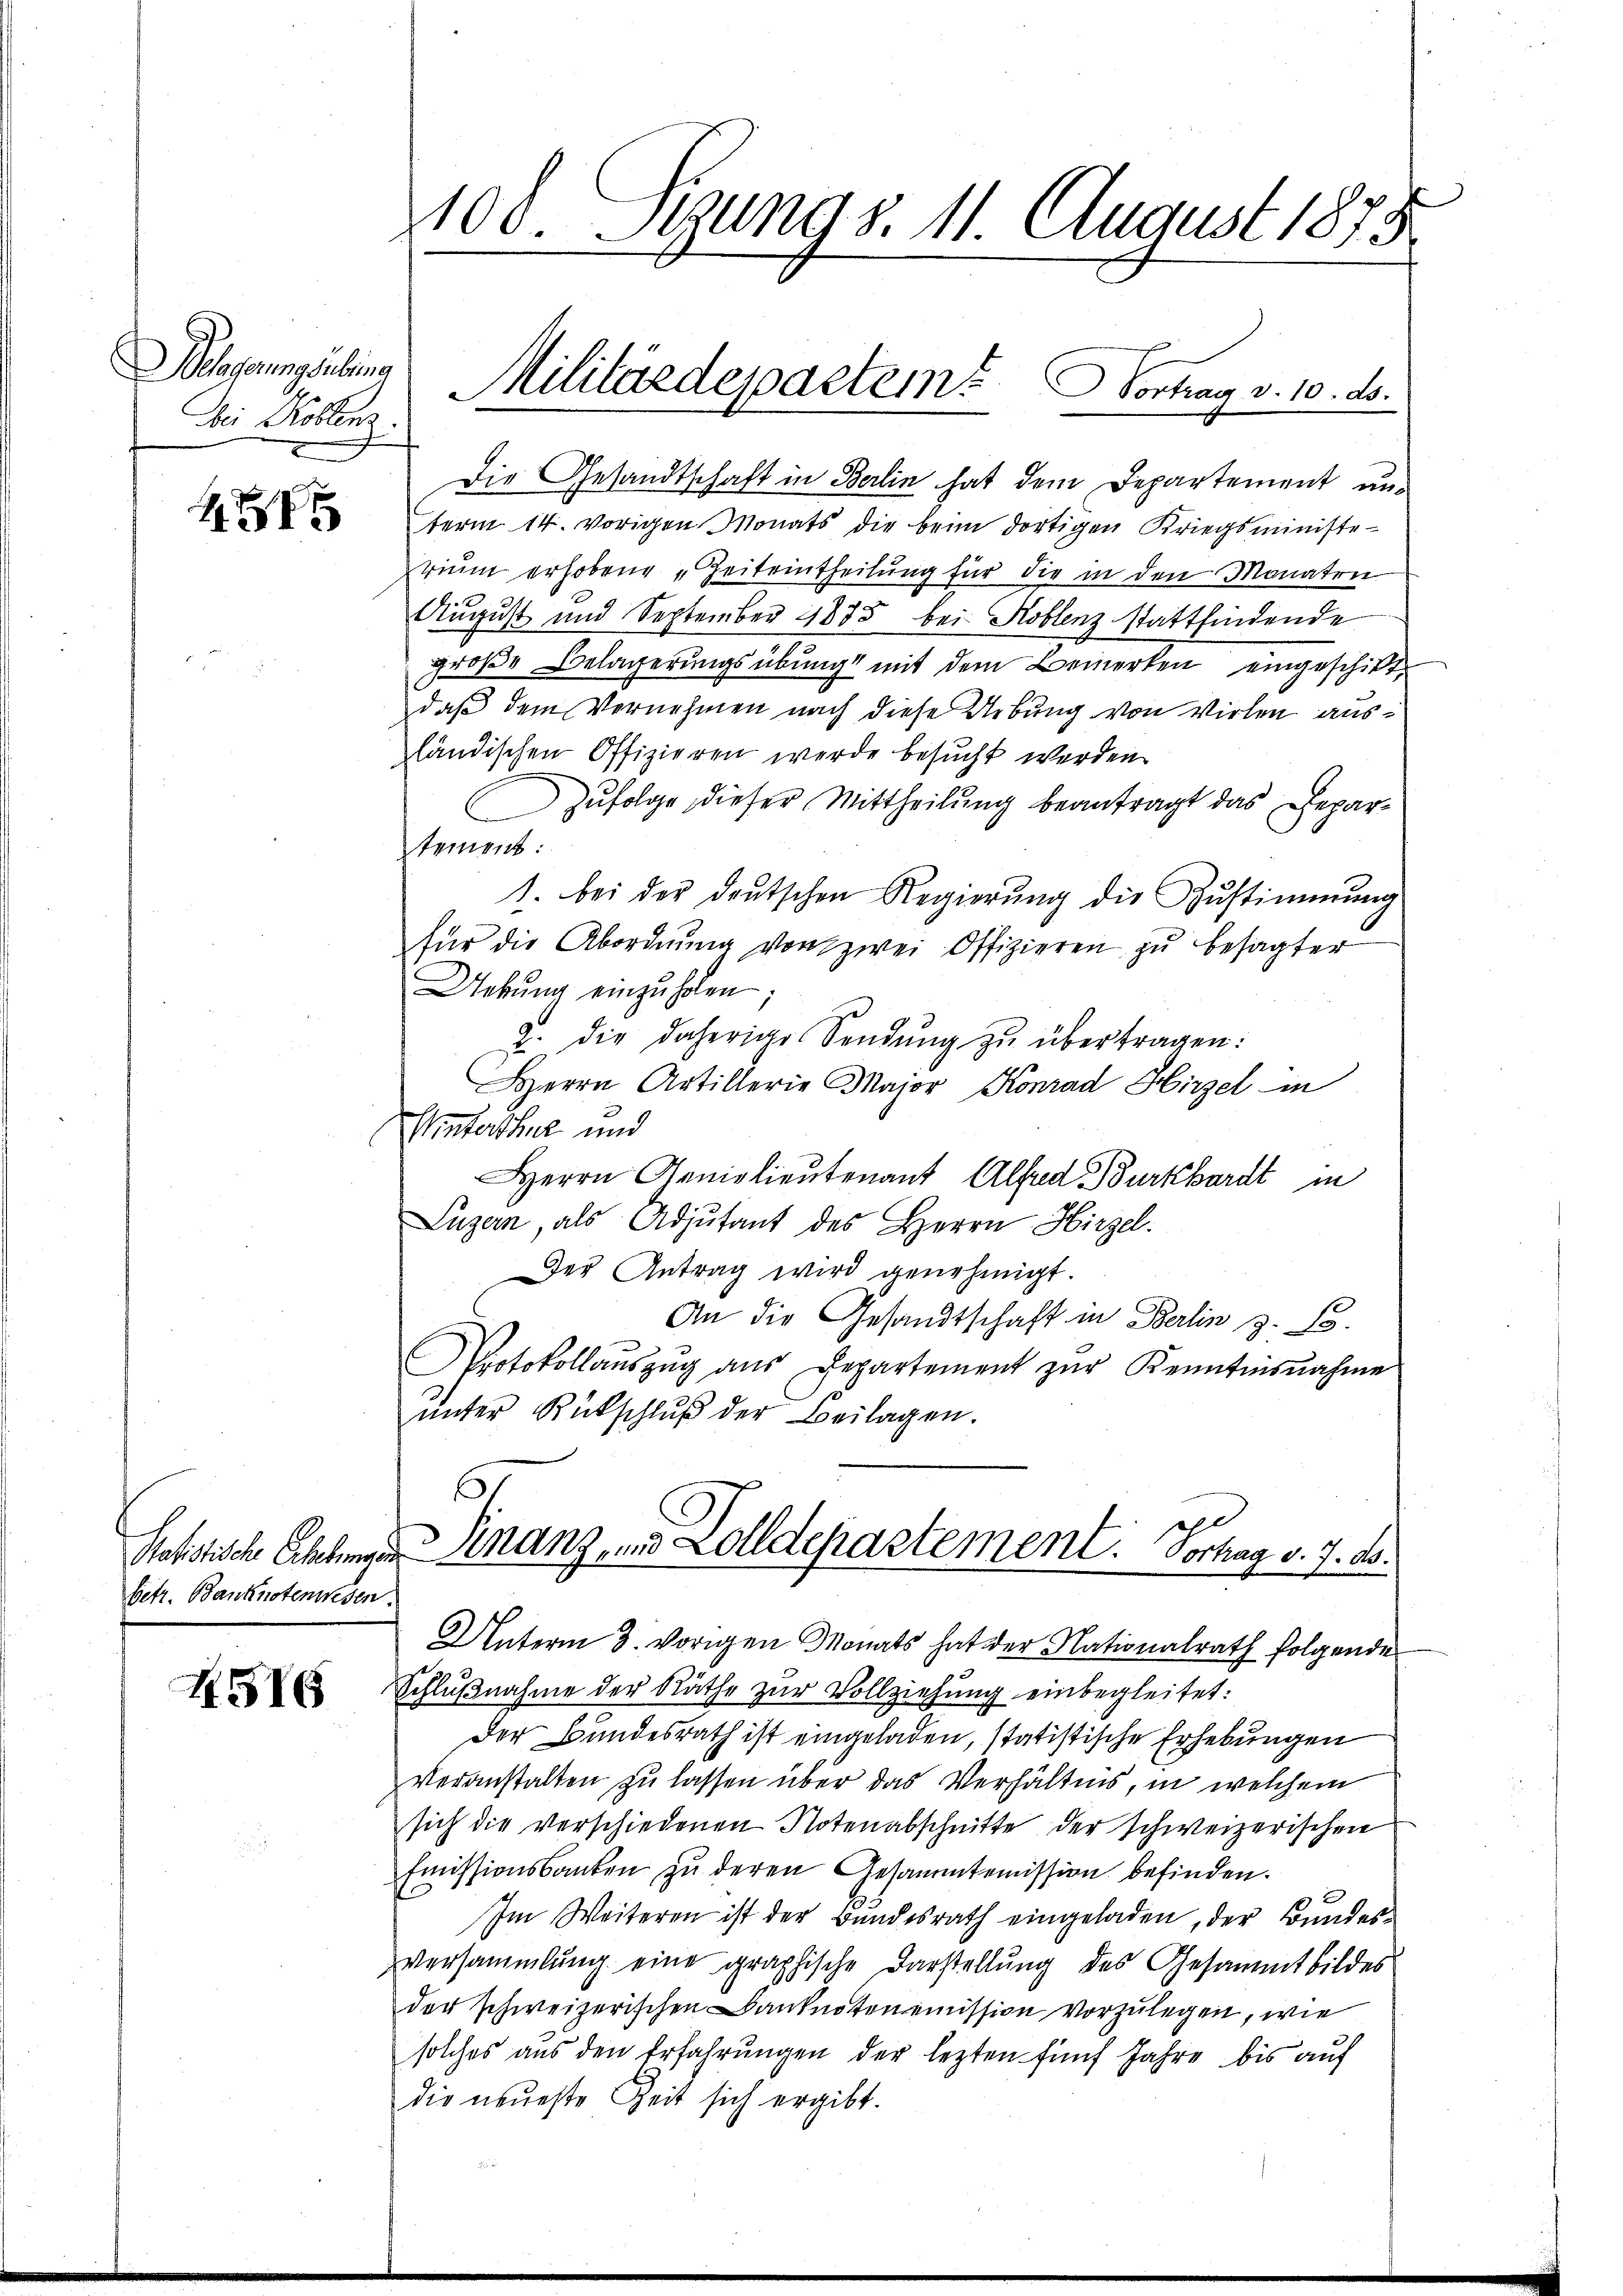
eleferung subring
bei Koblenz

4

betr. Banknotenwesen.

HSIG

100. Jung S. 11. August 1875

Die Gesandtschaft in Berlin hat dem Departement unterm 14. vorigen Monats die beim dortigen Kriegsministe-
riŭm erhobene Zeiteintheilŭng für die in den Monaten
August und September 1835 bei Koblenz stattfindende
große Belagerungsübung mit dem Bemerken eingeschiktdaß dem Vernehmen nach diese Uebung von Vielen ausländischen Offizieren werde besucht werden.
Zufolge dieser Mittheilung beantragt das Departement:
1. bei der deŭtschen Regierŭng die Zŭstimmung
für die Abordnŭng von zwei Offizieren zŭ besagter
Uebŭng einzŭholen;
2. die daherige Sendŭng zŭ übertragen:
Herrn Artillerie Major Konrad Hirzel in
Unterthur und
Herrn Arnolieutenant Alfred Burkhardt in
Luzern, als Adjutant des Herrn Hirzel.
Der Antrag wird genehmigt.
An die Gesandtschaft in Berlin z. B.
Protokollaŭszŭg aŭs Departement zŭr Kenntnisnahme
ŭnter Rückschlŭβ der Beilagen.
Ratistische Aklinger Finanz, und Zolldepartement. Vorhag v. 7. ds.
Unterm 3. vorigen Monats hat der Nationalrath folgende
Schlŭβnahme der Räthe zur Vollziehung einbegleitet:
Der Bundesrath ist eingeladen, statistische Erhebungen
Veranstalten zu lassen über das Verhältnis, in welchem
sich die verschiedenen Notenabschnitte der schweizerischen
Emissionsbanken zu deren Gesammtemission befinden.
Im Weiteren ist der Bundesrath eingeladen, der Bundesversammlung eine graphische Darstellŭng des Gesammtbildes
der schweizerischen Banknoteneimission vorzulegen, wie
solches aŭs den Erfahrŭngen der lezten fünf Jahre bis aŭf
die neueste Zeit sich ergibt.

Militärdepaetem Vortrag v. 10. ds.

s